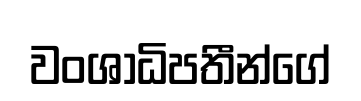
වංශාධිපතීන්ගේ